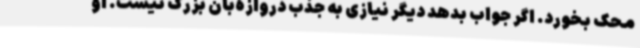
محک بخورد. اگر جواب بدهد دیگر نیازی به جذب دروازه‌بان بزرگ نیست. او